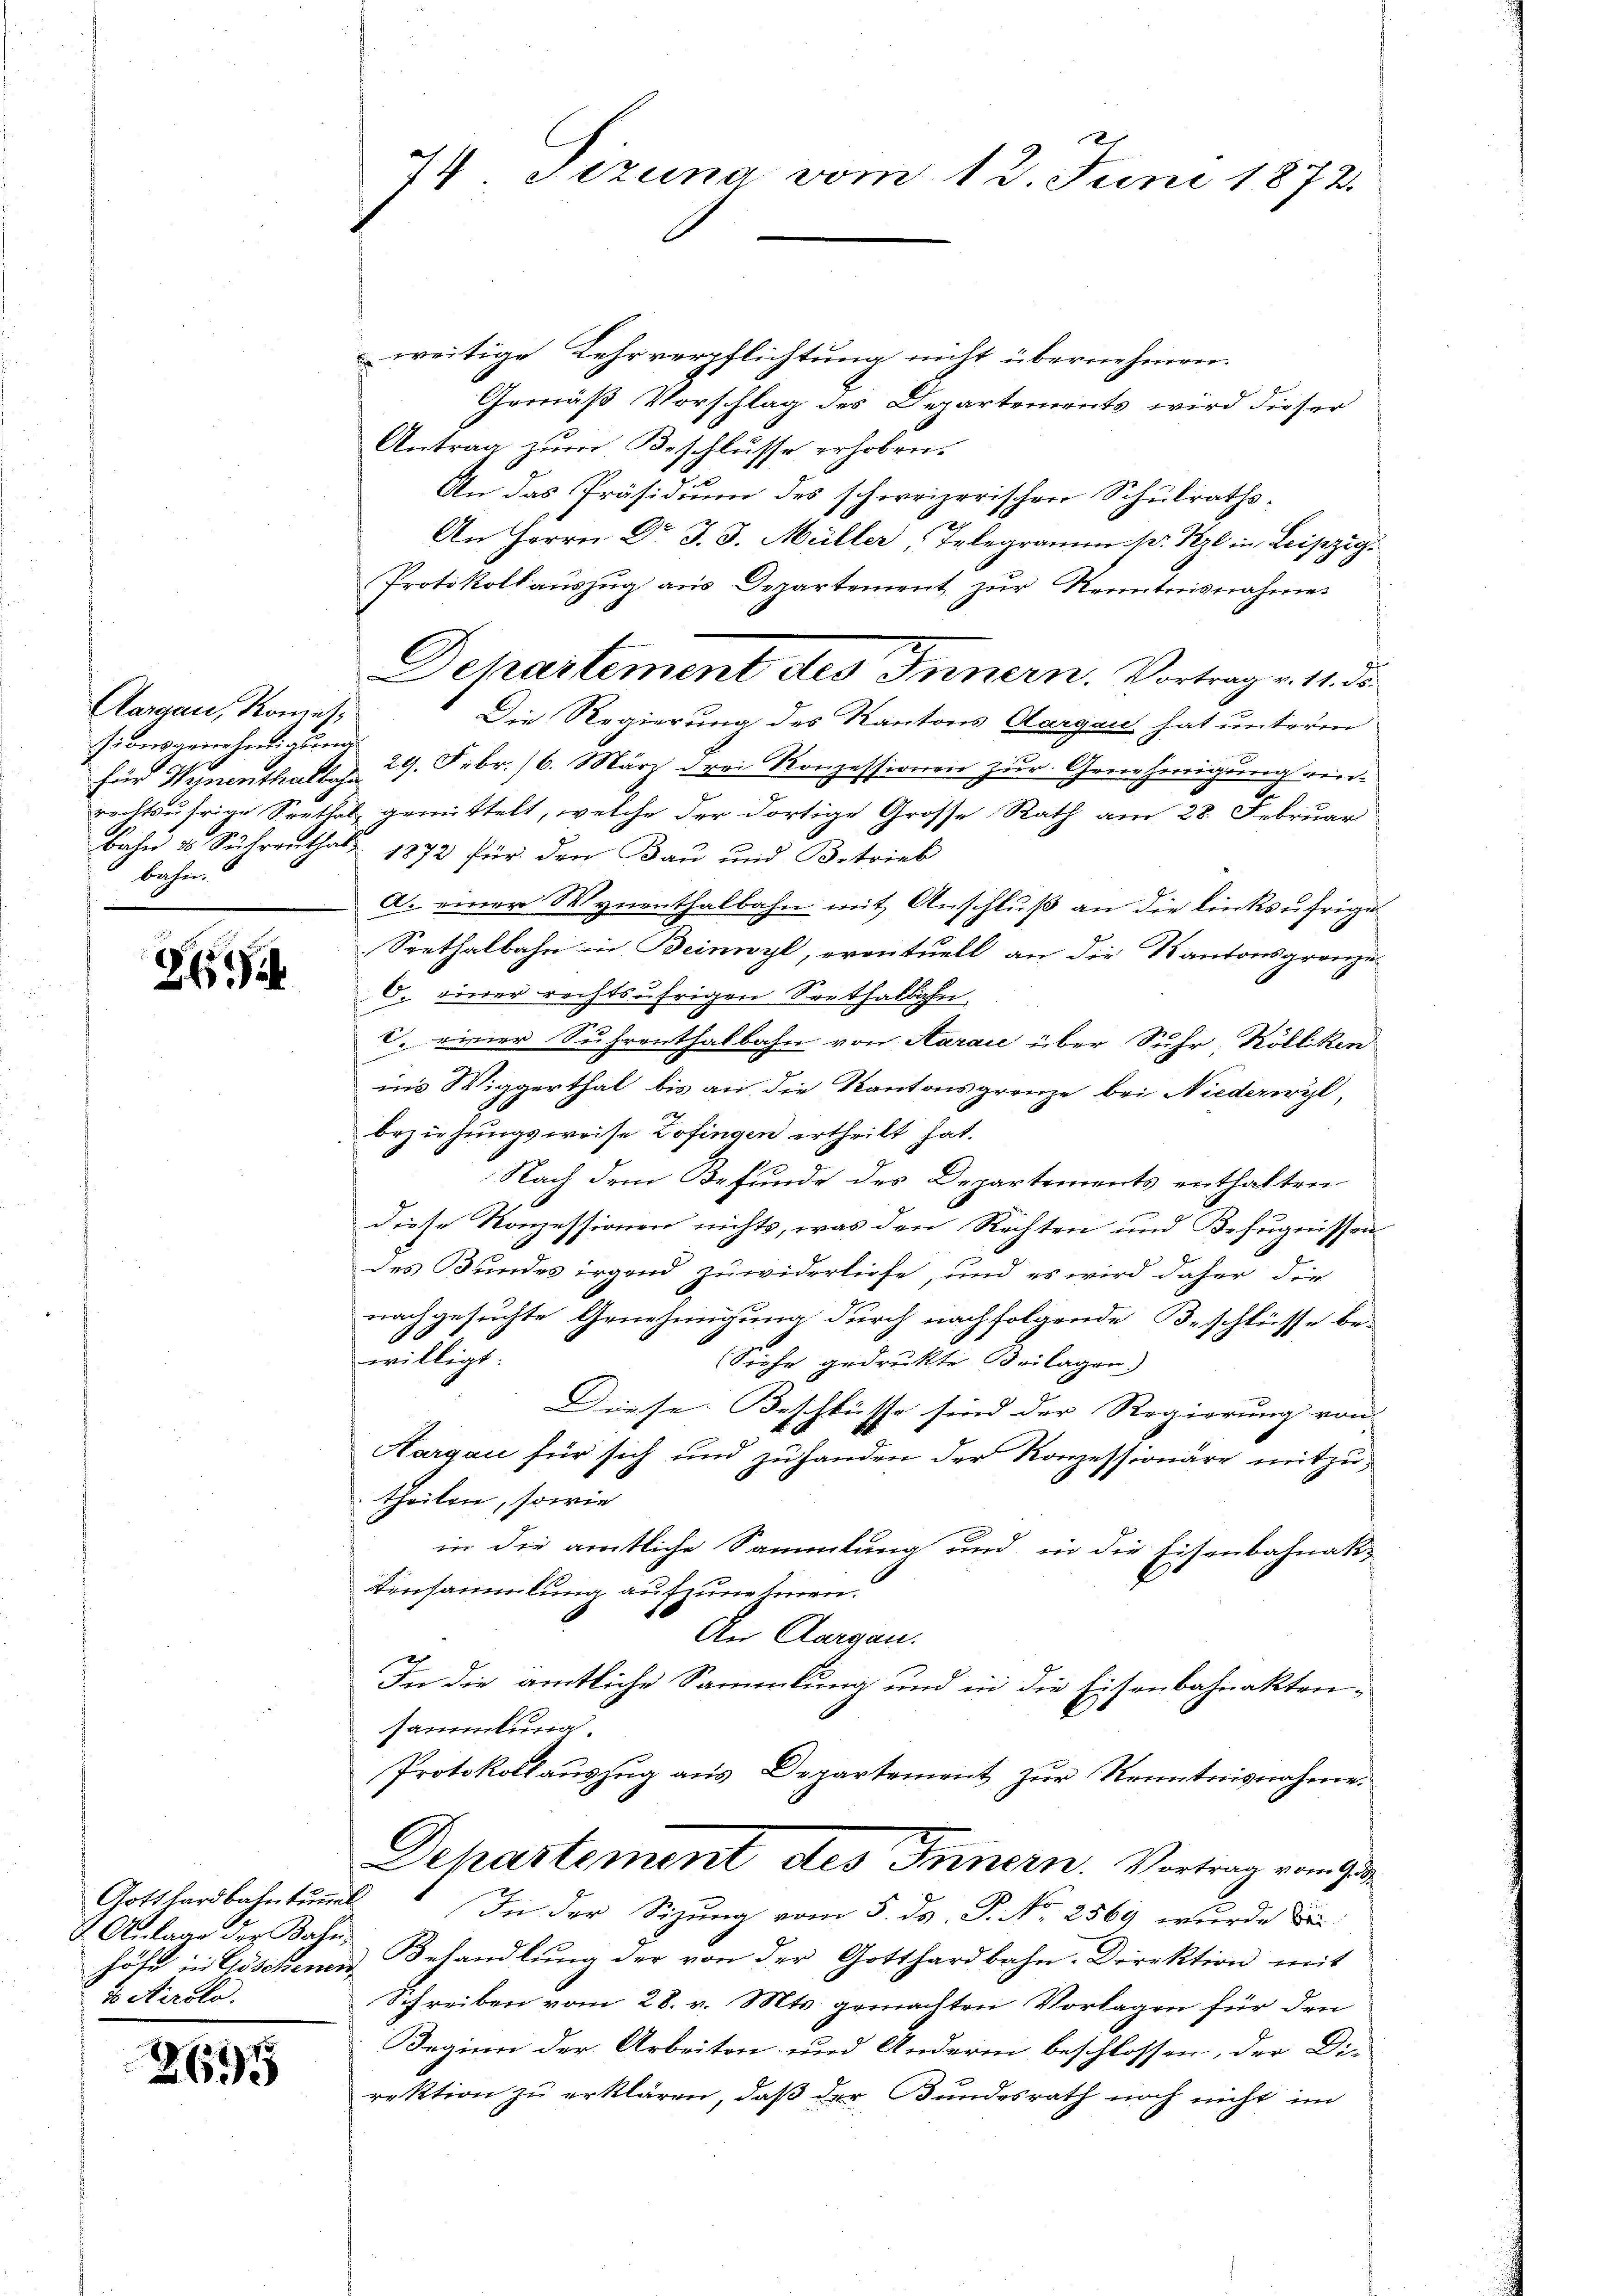
Aargau, Konzes
für Wynenthalbahn
beher¬

26

weitige Lehrverpflichtung nicht übernehmen.
Gemäß Vorschlag des Departements wird dieser
Antrag zum Beschlusse erhoben.
An das Präsidium des schweizerischen Schulraths-
An Herrn Dr J. J. Müller Telegramm. p. Szl in Leipzigs
Protokollauszug aus Departement zŭr Kenntnisnahmes
Die Regierung des Kantons Aargau hat unterm
sionsgenehmigŭng 29. Febr. 16. März drei Konzessionen zur Genehmigung einrechtsufrige Spethal gemittelt, welche der dortige Grosse Rath am 28. Februar
Bahn u Suhrenthal 1872 für den Bau und Betrieb
a. einer Wynenthalbahn mit Anschluß an die linksufrige
Seethalbahn in Beinwyl, eventuell an die Kantonsgrenze
O. einer rechtsäfrigen Sorthalbahn.
c. einer Suhrenthalbahn von Aaraić über Suhr, Kölliken
ins Wiggerthal bis an die Kantonsgrenze bei Niederwyl,
beziehungsweise Zofingen ertheilt hat.
Nach dem Befunde des Departements enthalten
diese Konzessionen nichts, was den Rechten und Befugnissen
des Bundes irgend zuwiderliefe, und es wird daher die
nachgesuchte Genehmigung durch nachfolgende Beschlüsse be-
willigt:
(Siehe gedruckte Beilagen.
Diese Beschlüsse sind der Regierung von |
Aargau für sich und zuhanden der Konzessionäre mitzutheilen, sowie
in die amtliche Sammlung und in die Eisenbahnak-
Einsammlung aufzunehmen.
An Aargau.
2
In die amtliche Sammlung und in die Eisenbahnaktensammlung.
Protokoll auszug aus Departement zŭr Kenntnisnahme.
Departement des Innern. Vortrag von
In der Sizung vom 5. ds. P. No. 2569 wurde di
höfe in Göschenen Behandlŭng der von der Gotthardbahn-Direktion mit
Schreiben vom 28. v. Mts. gemachten Vorlagen für den
Beginn der Arbeiten und Andern beschlossen, der Di-
rektion zu erklären, daß der Bundesrath noch nicht im

Gotthardbahntummel
Anlage der Bahn¬
1 Airolo.

265

74 Tizung vom 13. Juni 1872.

Dechartement des Innern. Vortrag v. 11. di